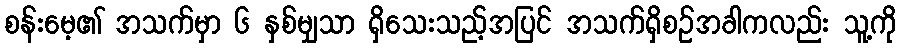
စန်းမေ့၏ အသက်မှာ ၆ နှစ်မျှသာ ရှိသေးသည့်အပြင် အသက်ရှိစဉ်အခါကလည်း သူ့ကို